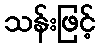
သန်းဖြင့်